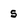
Character: 5